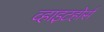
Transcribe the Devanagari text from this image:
व्हाइटहोर्स